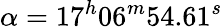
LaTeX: \alpha=17^{h}06^{m}54.61^{s}